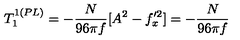
T _ { 1 } ^ { 1 ( P L ) } = - \frac { N } { 9 6 \pi f } [ A ^ { 2 } - f _ { x } ^ { \prime 2 } ] = - \frac { N } { 9 6 \pi f }